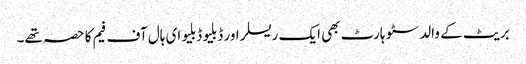
بریٹ کے والد سٹو ہارٹ بھی ایک ریسلر اور ڈبلیو ڈبلیو ای ہال آف فیم کا حصہ تھے۔